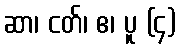
ဆာ၊ ငတ်၊ ဧ၊ ပူ (၄)